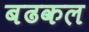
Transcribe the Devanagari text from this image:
बढकल